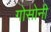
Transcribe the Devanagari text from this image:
गोसोनी